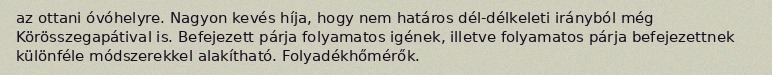
az ottani óvóhelyre. Nagyon kevés híja, hogy nem határos dél-délkeleti irányból még Körösszegapátival is. Befejezett párja folyamatos igének, illetve folyamatos párja befejezettnek különféle módszerekkel alakítható. Folyadékhőmérők.